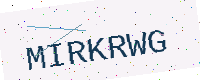
Text: MIRKRWG